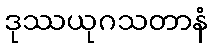
ဒုဿယုဂသတာနံ